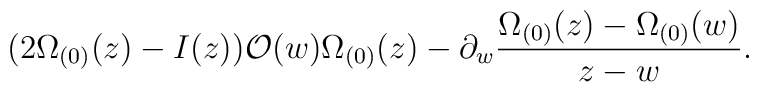
(2 \Omega_{(0)}(z) -I(z)) {\cal O}(w) \Omega_{(0)}(z) - \partial_w\frac{\Omega_{(0)}(z)-\Omega_{(0)}(w)}{z-w}.